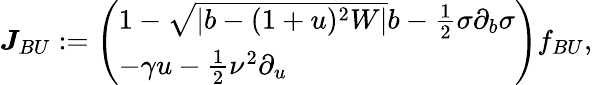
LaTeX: \boldsymbol{J}_{BU}:=\left(\begin{array}{l}{1-\sqrt{|b-(1+u)^{2}W|}b-\frac{1}{2}\sigma\partial_{b}\sigma}\\ {-\gamma u-\frac{1}{2}\nu^{2}\partial_{u}}\end{array}\right)f_{BU},